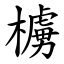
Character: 㯭